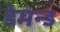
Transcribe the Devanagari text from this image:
डेमन्ड